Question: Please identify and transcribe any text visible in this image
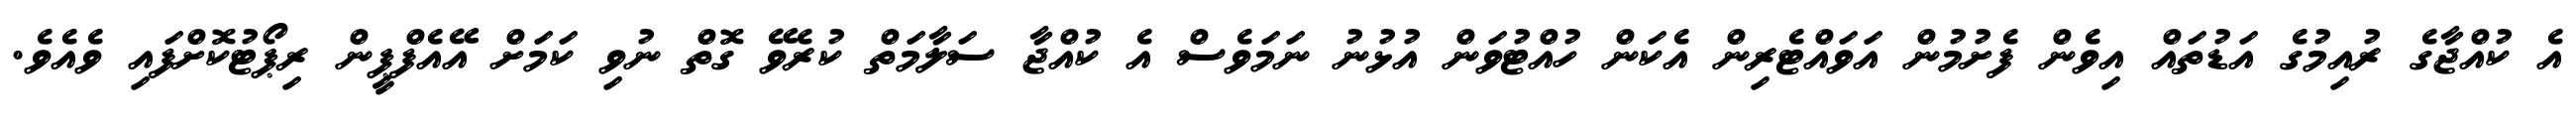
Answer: އެ ކުއްޖާގެ ރުއިމުގެ އަޑުތައް އިވެން ފެށުމުން އަވައްޓެރިން އެކަން ހުއްޓުވަން އުޅުނު ނަމަވެސް އެ ކުއްޖާ ސަލާމަތް ކުރެވޭ ގޮތް ނުވި ކަމަށް އޭއެފްޕީން ރިޕޯޓުކޮށްފައި ވެއެވެ.